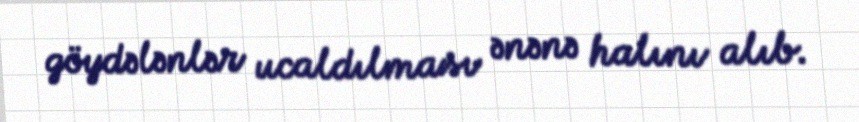
göydələnlər ucaldılması ənənə halını alıb.